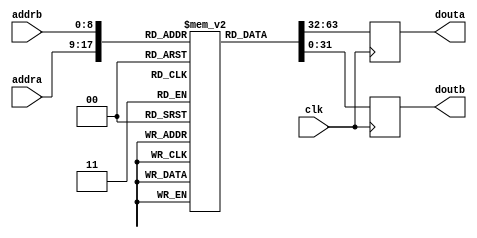
// This program was cloned from: https://github.com/rongcuid/riscv-megaproject
// License: BSD 3-Clause "New" or "Revised" License

/*
* Instruction ROM to be synthesized as EBRAM
*/
module EBRAM_ROM(
		clk, 
                addra, douta, addrb, doutb
		);
   parameter 
     DEPTH = 512,
     DEPTH_LOG = 9,
     WIDTH = 32;
   
   input wire clk;
   input wire [DEPTH_LOG-1:0] addra, addrb;
   output reg [WIDTH-1:0] 	 douta, doutb;

   reg [WIDTH-1:0] 	 ROM [DEPTH-1:0] /*verilator public*/;

   always @ (posedge clk) begin
	douta <= ROM[addra];
	doutb <= ROM[addrb];
   end
   
endmodule // BRAM_SSP